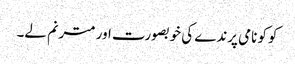
کوکو نامی پرندے کی خوبصورت اور مترنم لے۔